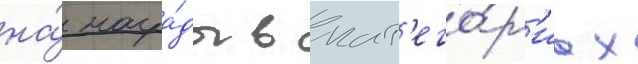
на́ награ́ды в кат'его́р'иах